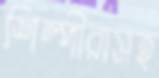
শিল্পীরাসহ